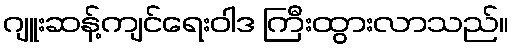
ဂျူးဆန့်ကျင်ရေးဝါဒ ကြီးထွားလာသည်။